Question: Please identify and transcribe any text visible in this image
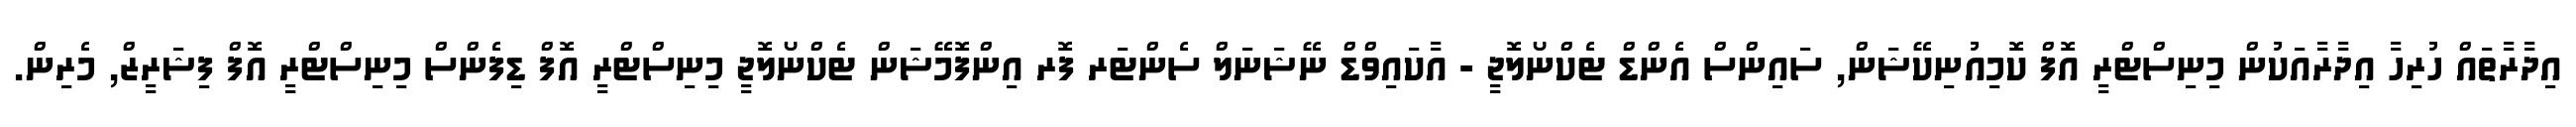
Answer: އިދާރާތައް ހުރިހާ އިދާރާއަކުން މިނިސްޓްރީ އޮފް ކޮމިއުނިކޭޝަން, ސައިންސް އެންޑް ޓެކްނޯލޮޖީ - އާކައިވްޑް ނޭޝަނަލް ސެންޓަރ ފޮރ އިންފޮމޭޝަން ޓެކްނޯލޮޖީ މިނިސްޓްރީ އޮފް ޑިފެންސް މިނިސްޓްރީ އޮފް ފިޝަރީޒް, މެރިން.